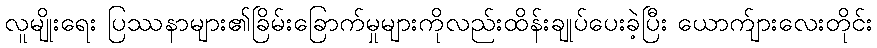
လူမျိုးရေး ပြဿနာများ၏ခြိမ်းခြောက်မှုများကိုလည်းထိန်းချုပ်ပေးခဲ့ပြီး ယောက်ျားလေးတိုင်း